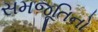
સમજૂતિનો